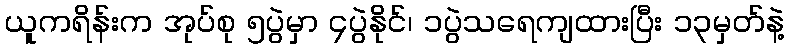
ယူကရိန်းက အုပ်စု ၅ပွဲမှာ ၄ပွဲနိုင်၊ ၁ပွဲသရေကျထားပြီး ၁၃မှတ်နဲ့